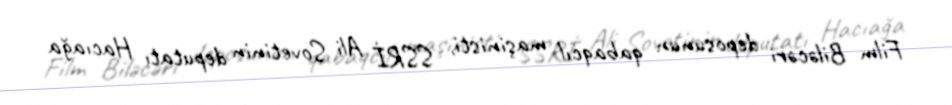
Film Biləcəri deposunun qabaqcıl maşinisti, SSRİ Ali Sovetinin deputatı Hacıağa